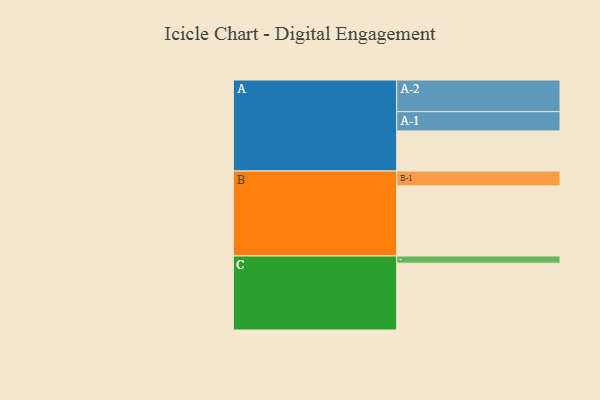
{"axis": {"x": "Segment", "y": "Value"}, "legend": ["", "A", "B", "C"], "data": [{"x": "A", "y": 323, "type": ""}, {"x": "B", "y": 564, "type": ""}, {"x": "C", "y": 538, "type": ""}, {"x": "A-1", "y": 155, "type": "A"}, {"x": "A-2", "y": 255, "type": "A"}, {"x": "B-1", "y": 120, "type": "B"}, {"x": "C-1", "y": 58, "type": "C"}]}